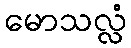
မောသလ္လံ